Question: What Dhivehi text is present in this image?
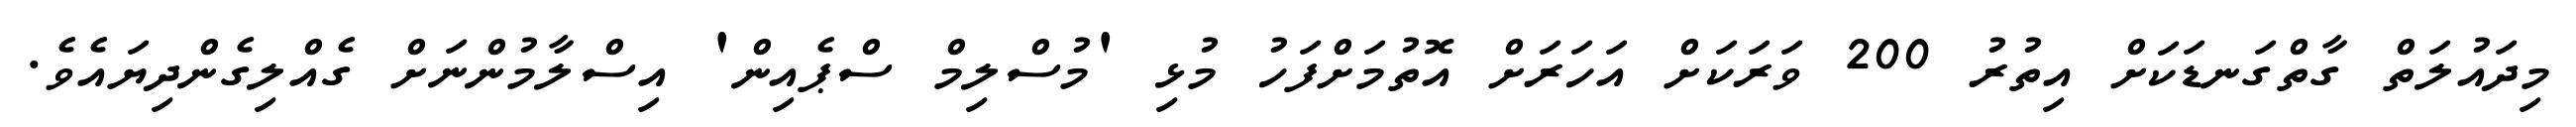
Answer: މިދައުލަތް ގާތްގަނޑަކަށް އިތުރު 200 ވަރަކަށް އަހަރަށް އޮތުމަށްފަހު މުޅި 'މުސްލިމް ސްޕެއިން' އިސްލާމުންނަށް ގެއްލިގެންދިޔައެވެ.